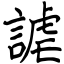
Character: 謔